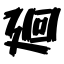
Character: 廻